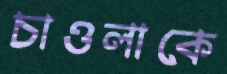
চাওলাকে